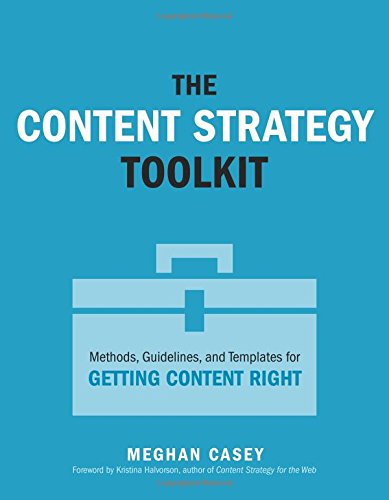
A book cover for The Content Strategy Toolkit: Methods, Guidelines, and Templates for Getting Content Right (Voices That Matter); Meghan Casey; Computers & Technology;